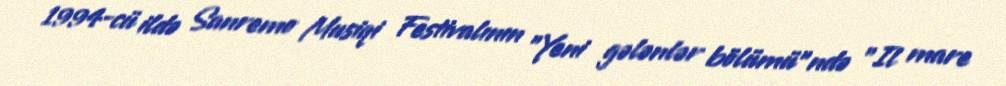
1994-cü ildə Sanremo Musiqi Festivalının "Yeni gələnlər bölümü"ndə "Il mare